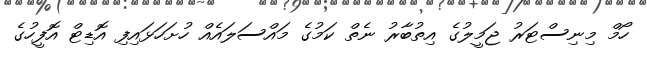
ހޯމް މިނިސްޓަރު ޖަމީލުގެ އިތުބާރު ނެތް ކަމުގެ މައްސަލައެއް ހުށަހަޅައިފި އޮޑިޓް އޮފީހުގެ